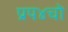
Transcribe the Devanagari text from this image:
प्रप४चो